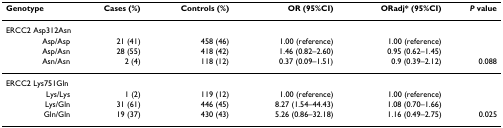
<table><thead><tr><td><b>Genotype</b></td><td><b>Cases (%)</b></td><td><b>Controls (%)</b></td><td><b>OR (95%CI)</b></td><td><b>ORadj* (95%CI)</b></td><td><b><i>P </i>value</b></td></tr></thead><tbody><tr><td colspan="6">ERCC2 Asp312Asn</td></tr><tr><td>Asp/Asp</td><td>21 (41)</td><td>458 (46)</td><td>1.00 (reference)</td><td>1.00 (reference)</td><td></td></tr><tr><td>Asp/Asn</td><td>28 (55)</td><td>418 (42)</td><td>1.46 (0.82–2.60)</td><td>0.95 (0.62–1.45)</td><td></td></tr><tr><td>Asn/Asn</td><td>2 (4)</td><td>118 (12)</td><td>0.37 (0.09–1.51)</td><td>0.9 (0.39–2.12)</td><td>0.088</td></tr><tr><td colspan="6">ERCC2 Lys751Gln</td></tr><tr><td>Lys/Lys</td><td>1 (2)</td><td>119 (12)</td><td>1.00 (reference)</td><td>1.00 (reference)</td><td></td></tr><tr><td>Lys/Gln</td><td>31 (61)</td><td>446 (45)</td><td>8.27 (1.54–44.43)</td><td>1.08 (0.70–1.66)</td><td></td></tr><tr><td>Gln/Gln</td><td>19 (37)</td><td>430 (43)</td><td>5.26 (0.86–32.18)</td><td>1.16 (0.49–2.75)</td><td>0.025</td></tr></tbody></table>